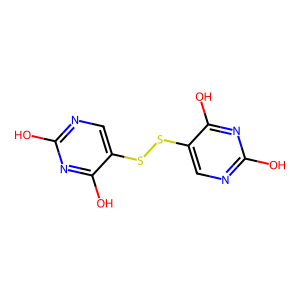
SMILES: Oc1ncc(SSc2cnc(O)nc2O)c(O)n1
Inhibits HIV replication: No